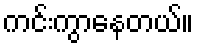
ကင်းကွာနေတယ်။